Leaving Certificate Examination, 1902
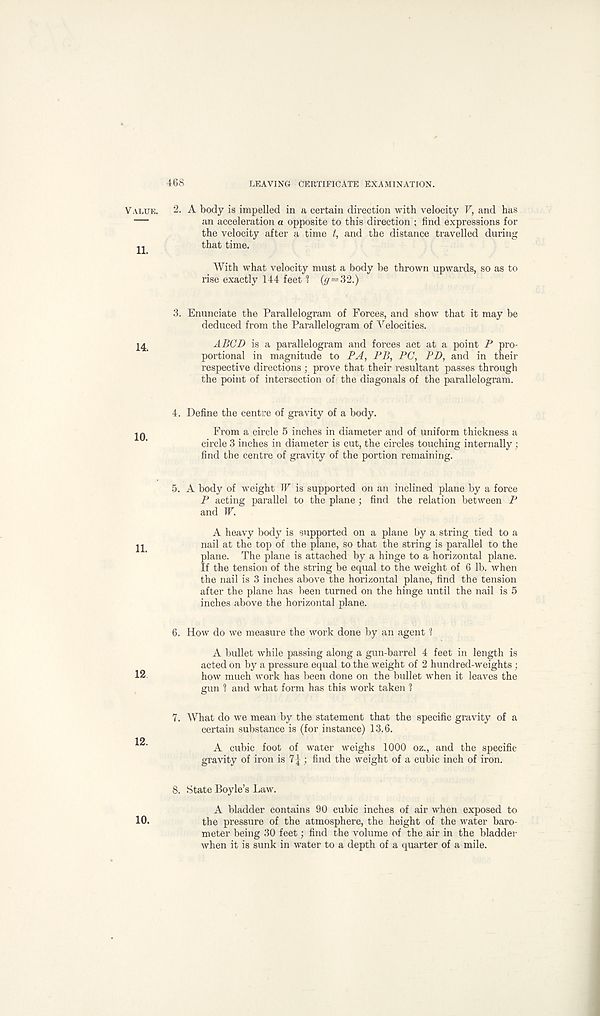
V ALUE.
11.
14.
10.
11.
12
12.
10.
468
LEAVING CERTIFICATE EXAMINATION.
2. A body is impelled in a certain direction with velocity V, and has
an acceleration a opposite to this direction ; find expressions for
the velocity after a time t, and the distance travelled during
that time.
With what velocity must a body be thrown upwards, so as to
rise exactly 144 feet 1 (g=32.)
3. Enunciate the Parallelogram of Forces, and show that it may be
deduced from the Parallelogram of Velocities.
ABCD is a parallelogram and forces act at a point P pro-
portional in magnitude to PA, PB, PC, PD, and in their
respective directions ; prove that their resultant passes through
the point of intersection of the diagonals of the parallelogram.
4. Define the centre of gravity of a body.
From a circle 5 inches in diameter and of uniform thickness a
circle 3 inches in diameter is cut, the circles touching internally ;
find the centre of gravity of the portion remaining.
5. A body of weight W is supported on an inclined plane by a force
P acting parallel to the plane; find the relation between P
and W.
A heavy body is supported on a plane by a string tied to a
nail at the top of the plane, so that the string is parallel to the
plane. The plane is attached by a hinge to a horizontal plane.
If the tension of the string be equal to the weight of 6 lb. when
the nail is 3 inches above the horizontal plane, find the tension
after the plane has been turned on the hinge until the nail is 5
inches above the horizontal plane.
6. How do we measure the work done by an agent 1
A bullet while passing along a gun-barrel 4 feet in length is
acted on by a pressure equal to the weight of 2 hundred-weights :
how much work has been done on the bullet when it leaves the
gun 1 and what form has this work taken 1
7. What do we mean by the statement that the specific gravity of a
certain substance is (for instance) 13.6.
A cubic foot of water weighs 1000 oz., and the specific
gravity of iron is 7|; find the weight of a cubic inch of iron.
8. State Boyle’s Law.
A bladder contains 90 cubic inches of air when exposed to
the pressure of the atmosphere, the height of the water baro-
meter being 30 feet; find the volume of the air in the bladder
when it is sunk in water to a depth of a quarter of a mile.